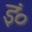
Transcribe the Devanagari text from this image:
इं०